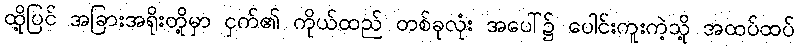
ထို့ပြင် အခြားအရိုးတို့မှာ ငှက်၏ ကိုယ်ထည် တစ်ခုလုံး အပေါ်၌ ပေါင်းကူးကဲ့သို့ အထပ်ထပ်